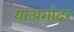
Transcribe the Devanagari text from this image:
याअगोदर